Civil Veterinary Department. Central Provinces & Berar 1932-41 - 1932-1941
Year: 1932
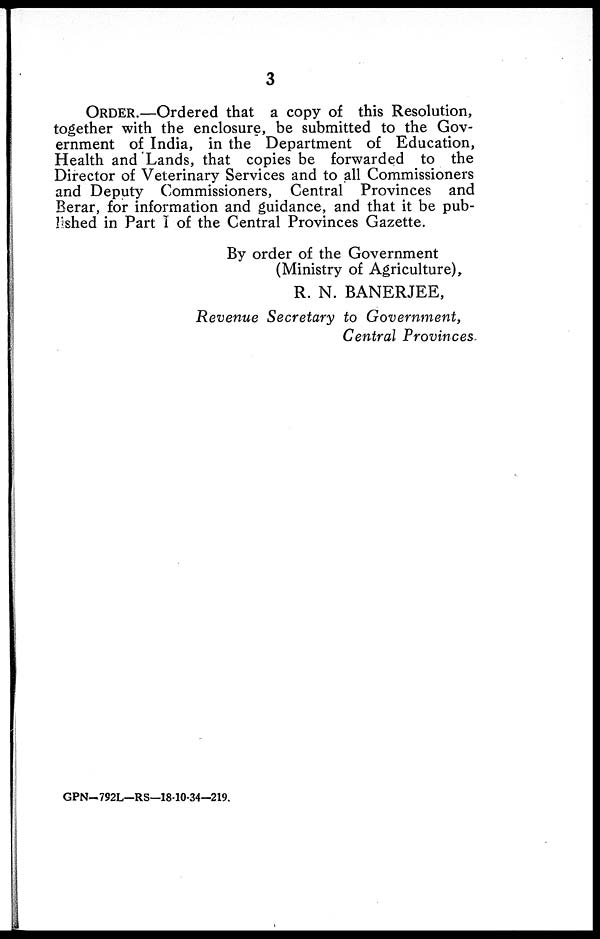
3
ORDER.—Ordered that a copy of this Resolution,
together with the enclosure, be submitted to the Gov-
ernment of India, in the Department of Education,
Health and Lands, that copies be forwarded to the
Director of Veterinary Services and to all Commissioners
and Deputy Commissioners, Central Provinces and
Berar, for information and guidance, and that it be pub-
lished in Part I of the Central Provinces Gazette.
By order of the Government
(Ministry of Agriculture),
R. N. BANERJEE,
Revenue Secretary to Government,
Central Provinces.
GPN-792L—RS—18-10-34-219.